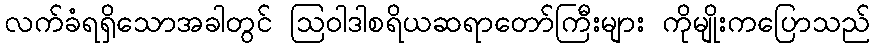
လက်ခံရရှိသောအခါတွင် ဩဝါဒါစရိယဆရာတော်ကြီးများ ကိုမျိုးကပြောသည်